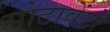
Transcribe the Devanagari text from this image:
सोटावेंटो